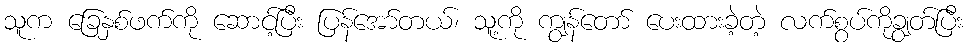
သူက ခြေနှစ်ဖက်ကို ဆောင့်ပြီး ပြန်အော်တယ်၊ သူ့ကို ကျွန်တော် ပေးထားခဲ့တဲ့ လက်စွပ်ကိုချွတ်ပြီး